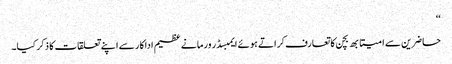
‘‘
حاضرین سے امیتابھ بچن کا تعارف کراتے ہوئے ایمبسڈر ورما نے عظیم اداکار سے اپنے تعلقات کا ذکر کیا۔